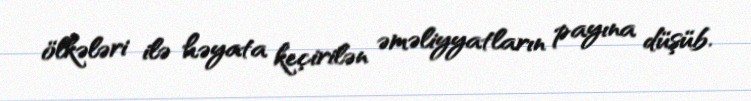
ölkələri ilə həyata keçirilən əməliyyatların payına düşüb.